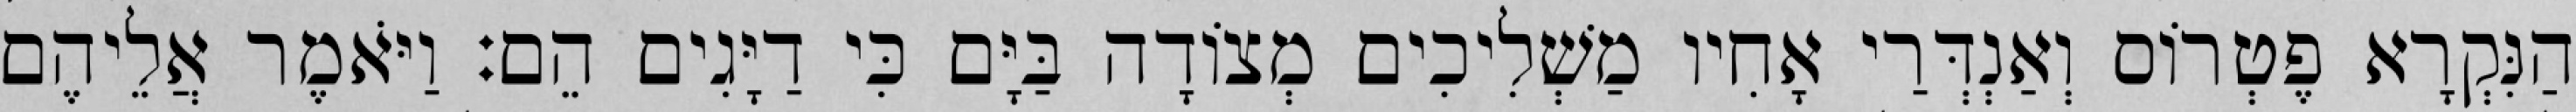
הַנִּקְרָא פֶטְרוֹס וְאַנְדְּרַי אָחִיו מַשְׁלִיכִים מְצוֹדָה בַּיָּם כִּי דַיָּגִים הֵם׃ וַיֹּאמֶר אֲלֵיהֶם